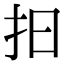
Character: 𢪏